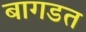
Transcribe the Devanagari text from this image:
बागडत